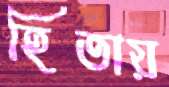
হিতায়